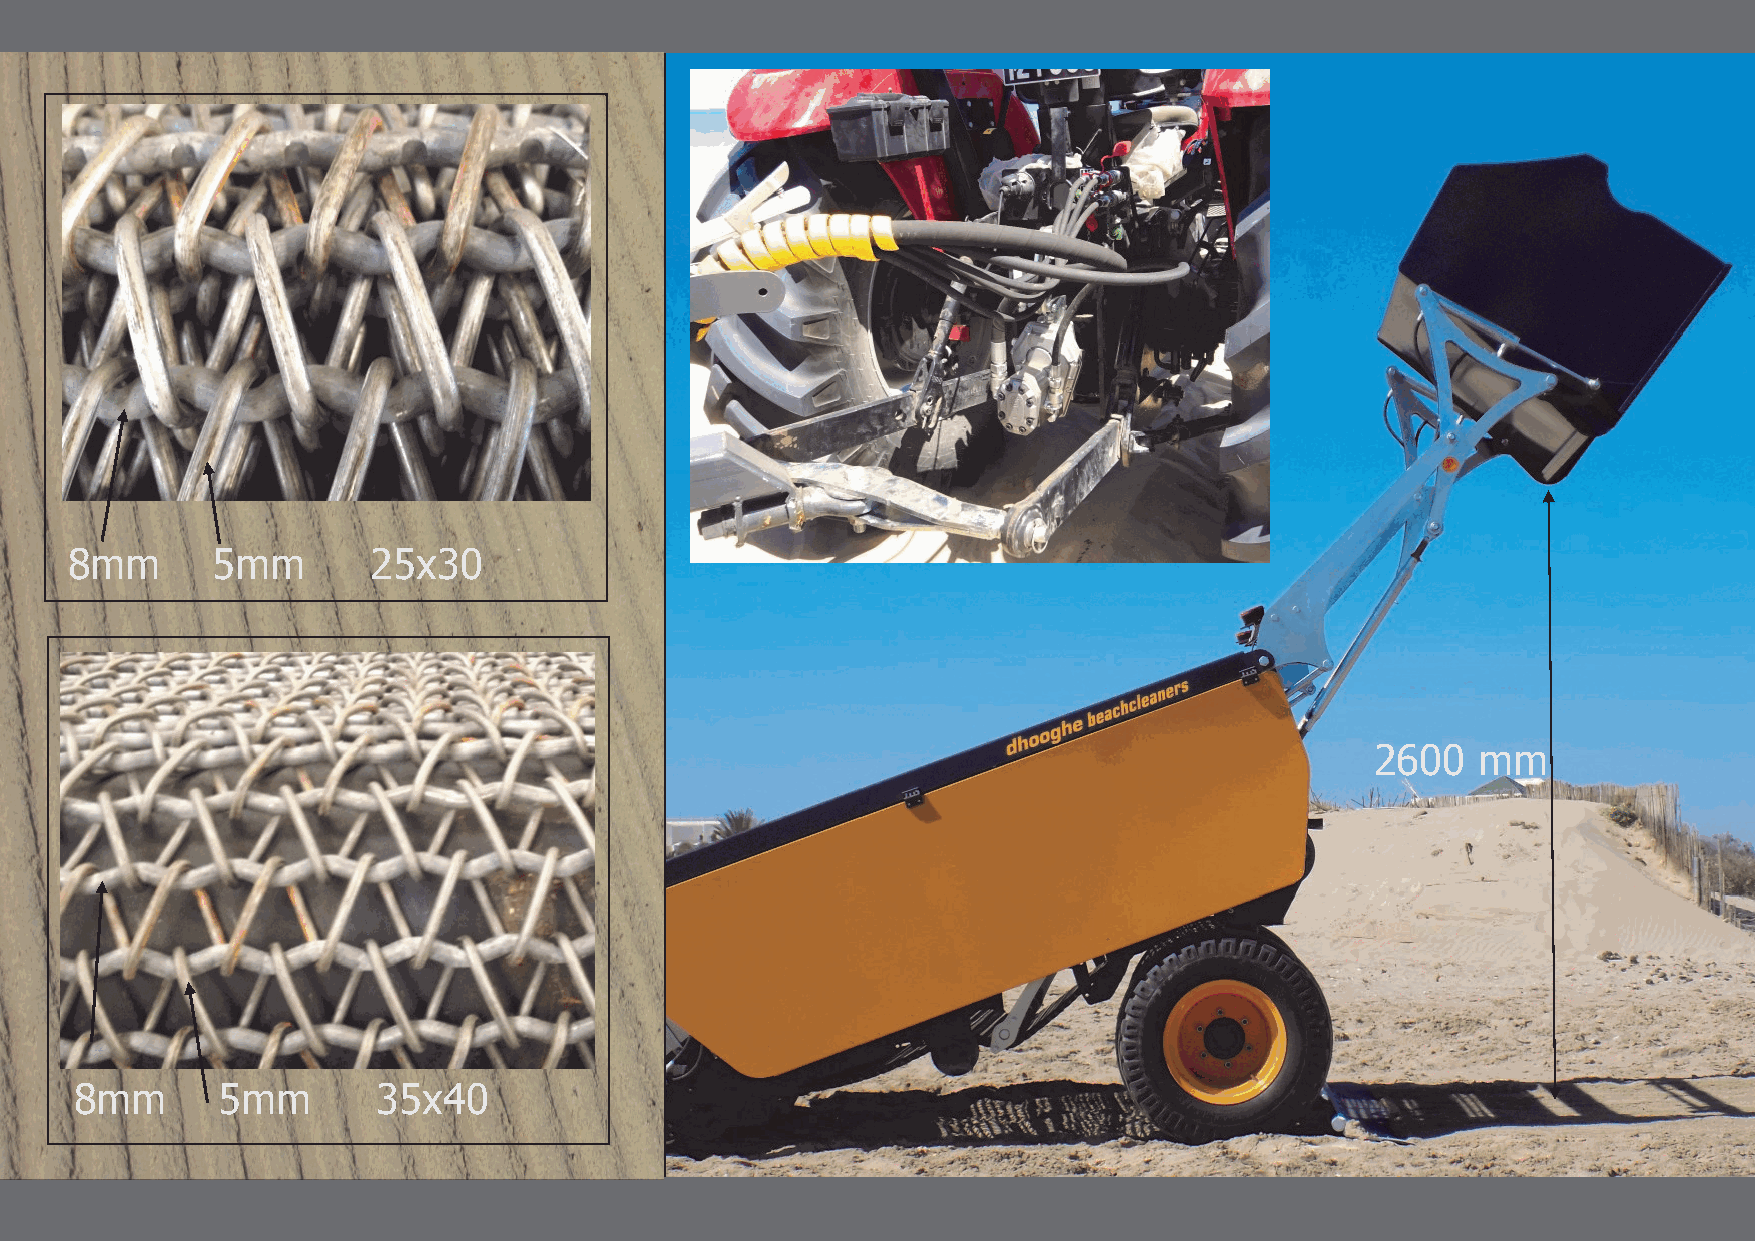
8mm      5mm        25x30
 2600   mm
 8mm       5mm       35x40